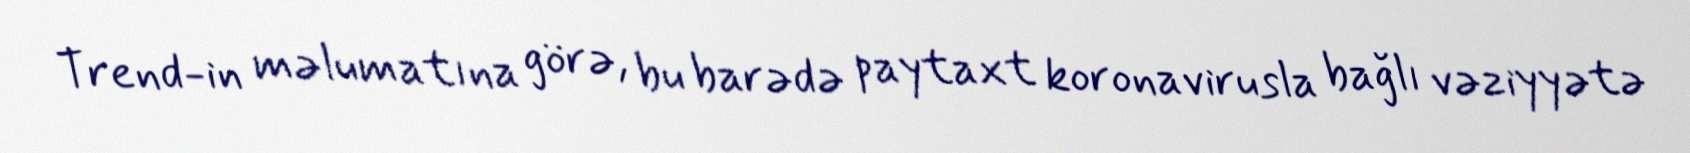
Trend-in məlumatına görə, bu barədə paytaxt koronavirusla bağlı vəziyyətə